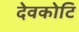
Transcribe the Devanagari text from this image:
देवकोटि